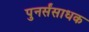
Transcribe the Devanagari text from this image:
पुनर्संसाधक